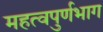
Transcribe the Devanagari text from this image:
महत्वपुर्णभाग